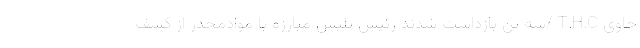
حاوی T.H.C /سه تن بازداشت شدند رئیس پلیس مبارزه با موادمخدر از کشف